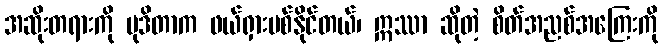
အဆိုးတရားကို မုဒိတာက ဖယ်ရှားပစ်နိုင်တယ်၊ ဣဿာ ဆိုတဲ့ စိတ်အညစ်အကြေးကို